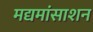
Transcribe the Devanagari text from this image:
मद्यमांसाशन